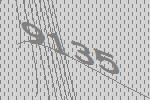
9135